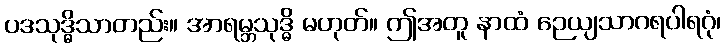
ပဒသုဒ္ဓိသာတည်း။ အာရမ္ဘသုဒ္ဓိ မဟုတ်။ ဤအတူ နာထံ ဉေယျသာဂရပါရဂုံ၊